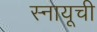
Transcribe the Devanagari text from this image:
स्नायूची